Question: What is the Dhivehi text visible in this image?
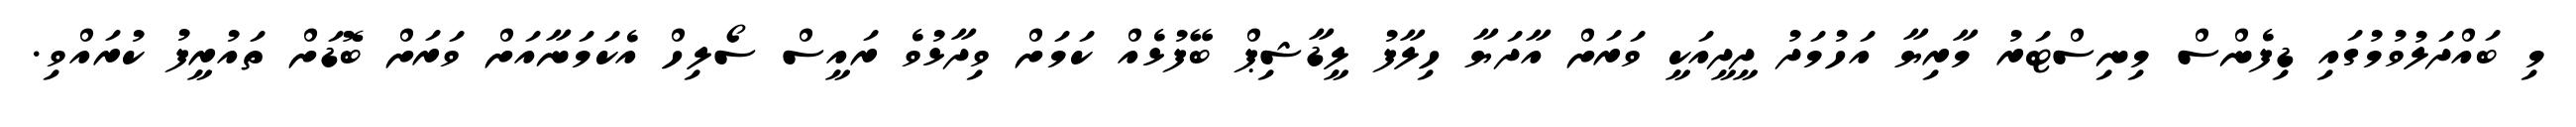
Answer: މި ބައްދަލުވުމުގައި ޑިފެންސް މިނިސްޓަރު މާރިޔާ އަހުމަދު ދީދީއަކީ ވަރަށް އާދަޔާ ހިލާފު ލީޑާޝިޕް ބޭފުޅެއް ކަމަށް ވިދާޅުވެ ރައީސް ސޯލިހް އެކަމަނާއަށް ވަރަށް ބޮޑަށް ތައުރީފު ކުރައްވި.